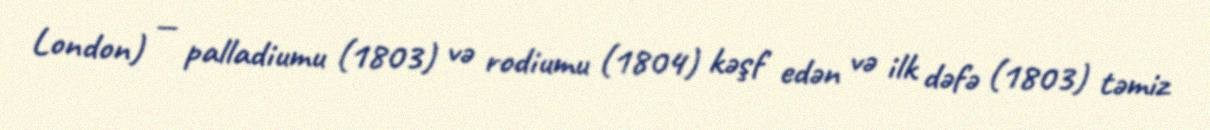
London) — palladiumu (1803) və rodiumu (1804) kəşf edən və ilk dəfə (1803) təmiz